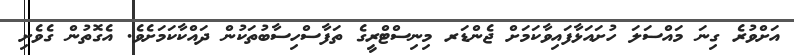
އަށްވުރެ ގިނަ މައްސަލަ ހުށައަޅާފައިވާކަމަށް ޖެންޑަރ މިނިސްޓްރީގެ ތަފާސްހިސާބުތަކުން ދައްކާކަމަށެވެ. އެގޮތުން ގެވެށި